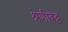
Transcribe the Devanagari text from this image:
श्रेणीबद्व